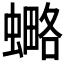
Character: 𧐣